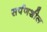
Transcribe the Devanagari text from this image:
सर्पणशील